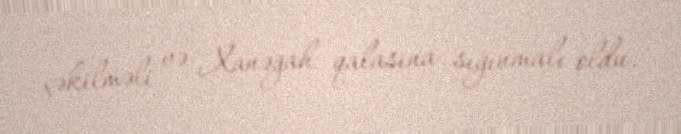
çəkilməli və Xanəgah qalasına sığınmalı oldu.